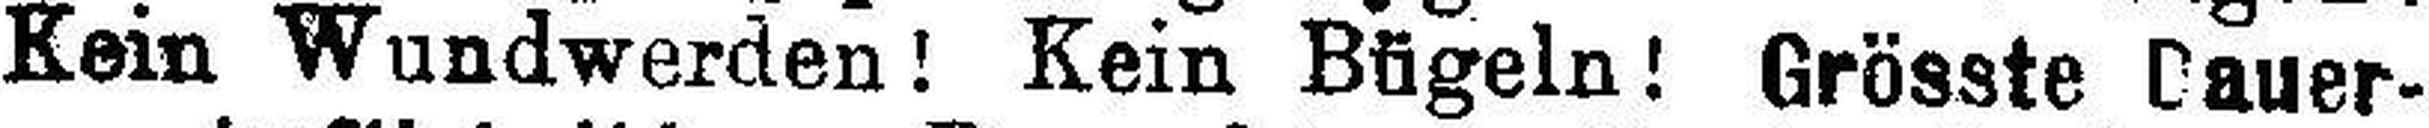
Kein Wundwerden! Kein Bügeln! Grösste Dauer¬